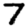
Digit: 7